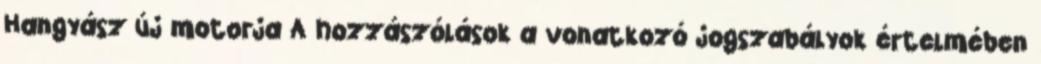
Hangyász új motorja A hozzászólások a vonatkozó jogszabályok értelmében